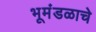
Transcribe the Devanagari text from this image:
भूमंडळाचे